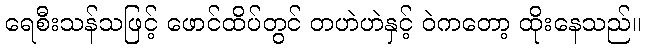
ရေစီးသန်သဖြင့် ဖောင်ထိပ်တွင် တဟဲဟဲနှင့် ဝဲကတော့ ထိုးနေသည်။